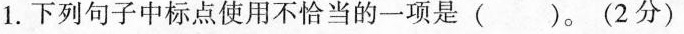
1.下列句子中标点使用不恰当的一项是()。(2分)